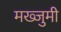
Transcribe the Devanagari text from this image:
मख्जुमी